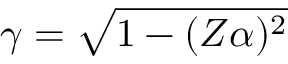
\gamma = \sqrt { 1 - ( Z \alpha ) ^ { 2 } }